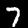
Digit: 7